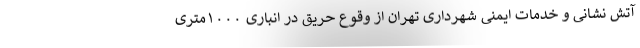
آتش نشانی و خدمات ایمنی شهرداری تهران از وقوع حریق در انباری ١٠٠٠متری